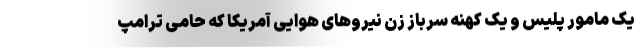
یک مامور پلیس و یک کهنه سرباز زن نیروهای هوایی آمریکا که حامی ترامپ